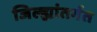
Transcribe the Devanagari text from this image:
जिल्ह्यांतर्गत